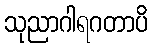
သုညာဂါရဂတာပိ